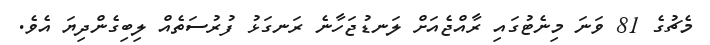
މެޗުގެ 81 ވަނަ މިނެޓުގައި ރާއްޖެއަށް ލަނޑުޖަހާނެ ރަނގަޅު ފުރުސަތެއް ލިބިގެންދިޔަ އެވެ.